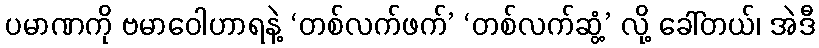
ပမာဏကို ဗမာဝေါဟာရနဲ့ ‘တစ်လက်ဖက်’ ‘တစ်လက်ဆွံ့’ လို့ ခေါ်တယ်၊ အဲဒီ